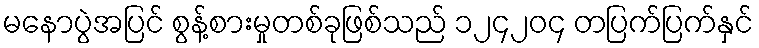
မနောပွဲအပြင် စွန့်စားမှုတစ်ခုဖြစ်သည် ၁၂၄၂၀၄ တပြက်ပြက်နှင်